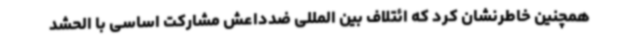
همچنین خاطرنشان کرد که ائتلاف بین المللی ضدداعش مشارکت اساسی با الحشد